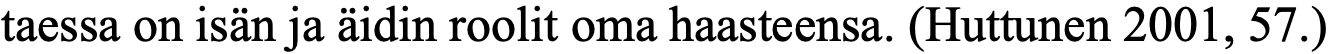
taessa on isän ja äidin roolit oma haasteensa. (Huttunen 2001, 57.)